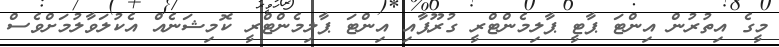
މީގެ އިތުރުން އިންޓަ ޕާޓީ ޕާލިމެންޓްރީ ގުރޫޕާއި އިންޓަ ޕާލިމެންޓްރީ ކޮމިޝަނެއް އެކުލަވާލުމަށްވެސް